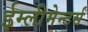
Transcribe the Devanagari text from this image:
ईम्लीमेन्टर्स